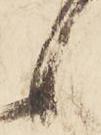
候